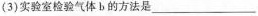
(3)实验室检验气体b的方法是___。